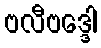
ဗလီဗဒ္ဒေါ